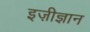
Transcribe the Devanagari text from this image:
इज़ीज्ञान